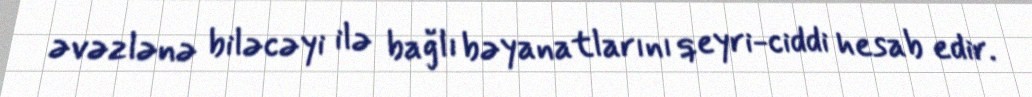
əvəzlənə biləcəyi ilə bağlı bəyanatlarını qeyri-ciddi hesab edir.